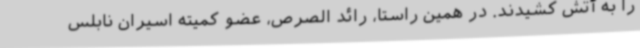
را به آتش کشیدند. در همین راستا، رائد الصرص، عضو کمیته اسیران نابلس